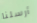
أرسلنا